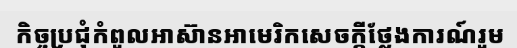
កិច្ចប្រជុំកំពូលអាស៊ានអាមេរិកសេចក្តីថ្លែងការណ៍រួម